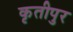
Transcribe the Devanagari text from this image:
कृतीपुर